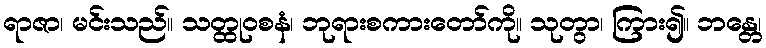
ရာဇာ၊ မင်းသည်။ သတ္ထုဝစနံ၊ ဘုရားစကားတော်ကို။ သုတွာ၊ ကြား၍။ ဘန္တေ၊